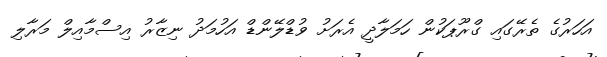
އަހަރުގެ ތެރޭގައި ގްރޫޕަކުން ހަމަލާދީ އެރަށު ވުޑްލޭންޑް އަހުމަދު ނިޒާރު އިސްމާއިލް މަރާލި